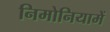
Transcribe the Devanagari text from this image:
निमोनियामें